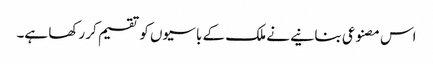
اس مصنوعی بنانیے نے ملک کے باسیوں کو تقسیم کر رکھا ہے۔